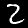
Digit: 2